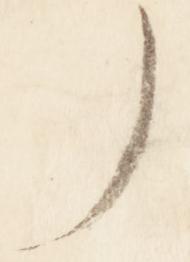
了